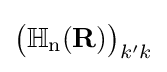
{\big (}\mathbb {H} _{\text{n}}(\mathbf {R} ){\big )}_{k'k}